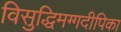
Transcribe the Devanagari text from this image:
विसुद्धिमग्गदीपिका